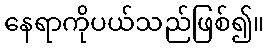
နေရာကိုပယ်သည်ဖြစ်၍။